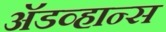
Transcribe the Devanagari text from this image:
अॅडव्हान्स